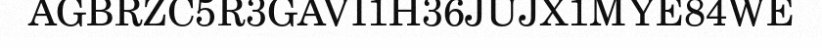
AGBRZC5R3GAVI1H36JUJX1MYE84WE